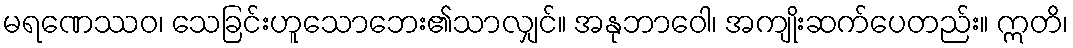
မရဏေဿဝ၊ သေခြင်းဟူသောဘေး၏သာလျှင်။ အနုဘာဝေါ၊ အကျိုးဆက်ပေတည်း။ ဣတိ၊